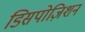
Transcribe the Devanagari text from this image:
डिसपोज़िशन